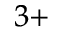
^ { 3 + }